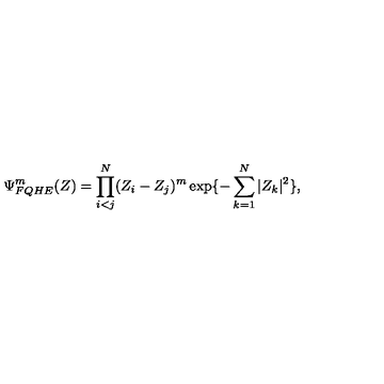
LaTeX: \Psi _ { F Q H E } ^ { m } ( Z ) = \prod _ { i < j } ^ { N } ( Z _ { i } - Z _ { j } ) ^ { m } \exp \{ - \sum _ { k = 1 } ^ { N } | Z _ { k } | ^ { 2 } \} ,